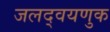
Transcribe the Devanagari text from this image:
जलद्वयणुक